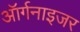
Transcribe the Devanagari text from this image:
ऑर्गनाइजर